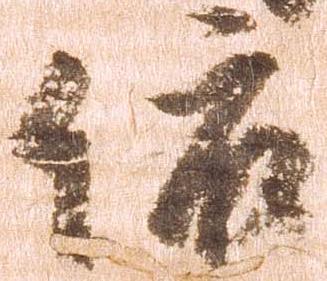
依